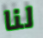
لنا